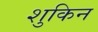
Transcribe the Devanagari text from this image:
शुकिन